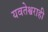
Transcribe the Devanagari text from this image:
यवतेश्वराही